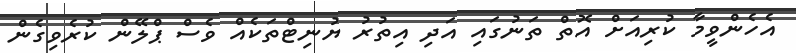
އެހެންވީމާ ކުރިއަށް އޮތް ތަނުގައި އަދި އިތުރު ޔުނިޓްތަކެއް ވެސް ޕްލޭން ކުރެވިގެން